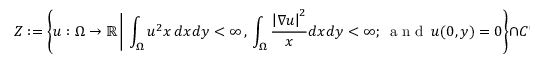
Z : = \left\{ u : \Omega \rightarrow \mathbb { R } \, \Bigg | \, \int _ { \Omega } u ^ { 2 } x \, d x d y < \infty \, , \, \int _ { \Omega } \frac { \left| \nabla u \right| ^ { 2 } } { x } d x d y < \infty ; \, \mathrm { ~ a ~ n ~ d ~ } \, u ( 0 , y ) = 0 \right\} \cap C ^ { 0 } \left( \overline { { \Omega } } \right) .